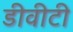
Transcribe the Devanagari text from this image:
डीवीटी